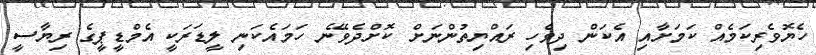
ހެޔޮވެރިކަމެއް ކަމަށާއި އެކަން ދިވެހި ރައްޔިތުންނަށް ކޮށްދެވޭނެ ހަމައެކަނި ލީޑަރަކީ އެމްޑީޕީގެ ރިޔާސީ